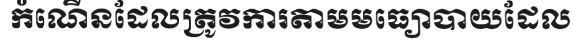
កំណើនដែលត្រូវការតាមមធ្យោបាយដែល